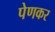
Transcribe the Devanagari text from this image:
पेणकर